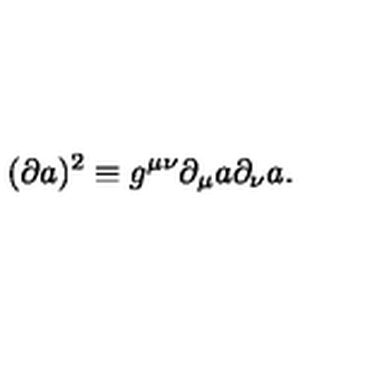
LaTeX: ( \partial a ) ^ { 2 } \equiv g ^ { \mu \nu } \partial _ { \mu } a \partial _ { \nu } a .